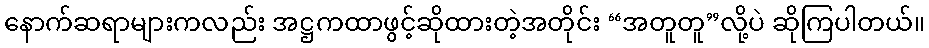
နောက်ဆရာများကလည်း အဋ္ဌကထာဖွင့်ဆိုထားတဲ့အတိုင်း “အတူတူ”လို့ပဲ ဆိုကြပါတယ်။